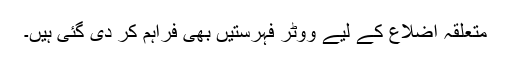
متعلقہ اضلاع کے لیے ووٹر فہرستیں بھی فراہم کر دی گئی ہیں۔